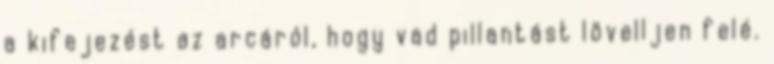
a kifejezést az arcáról, hogy vad pillantást lövelljen felé.